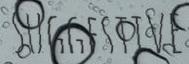
SUGGESTIVE